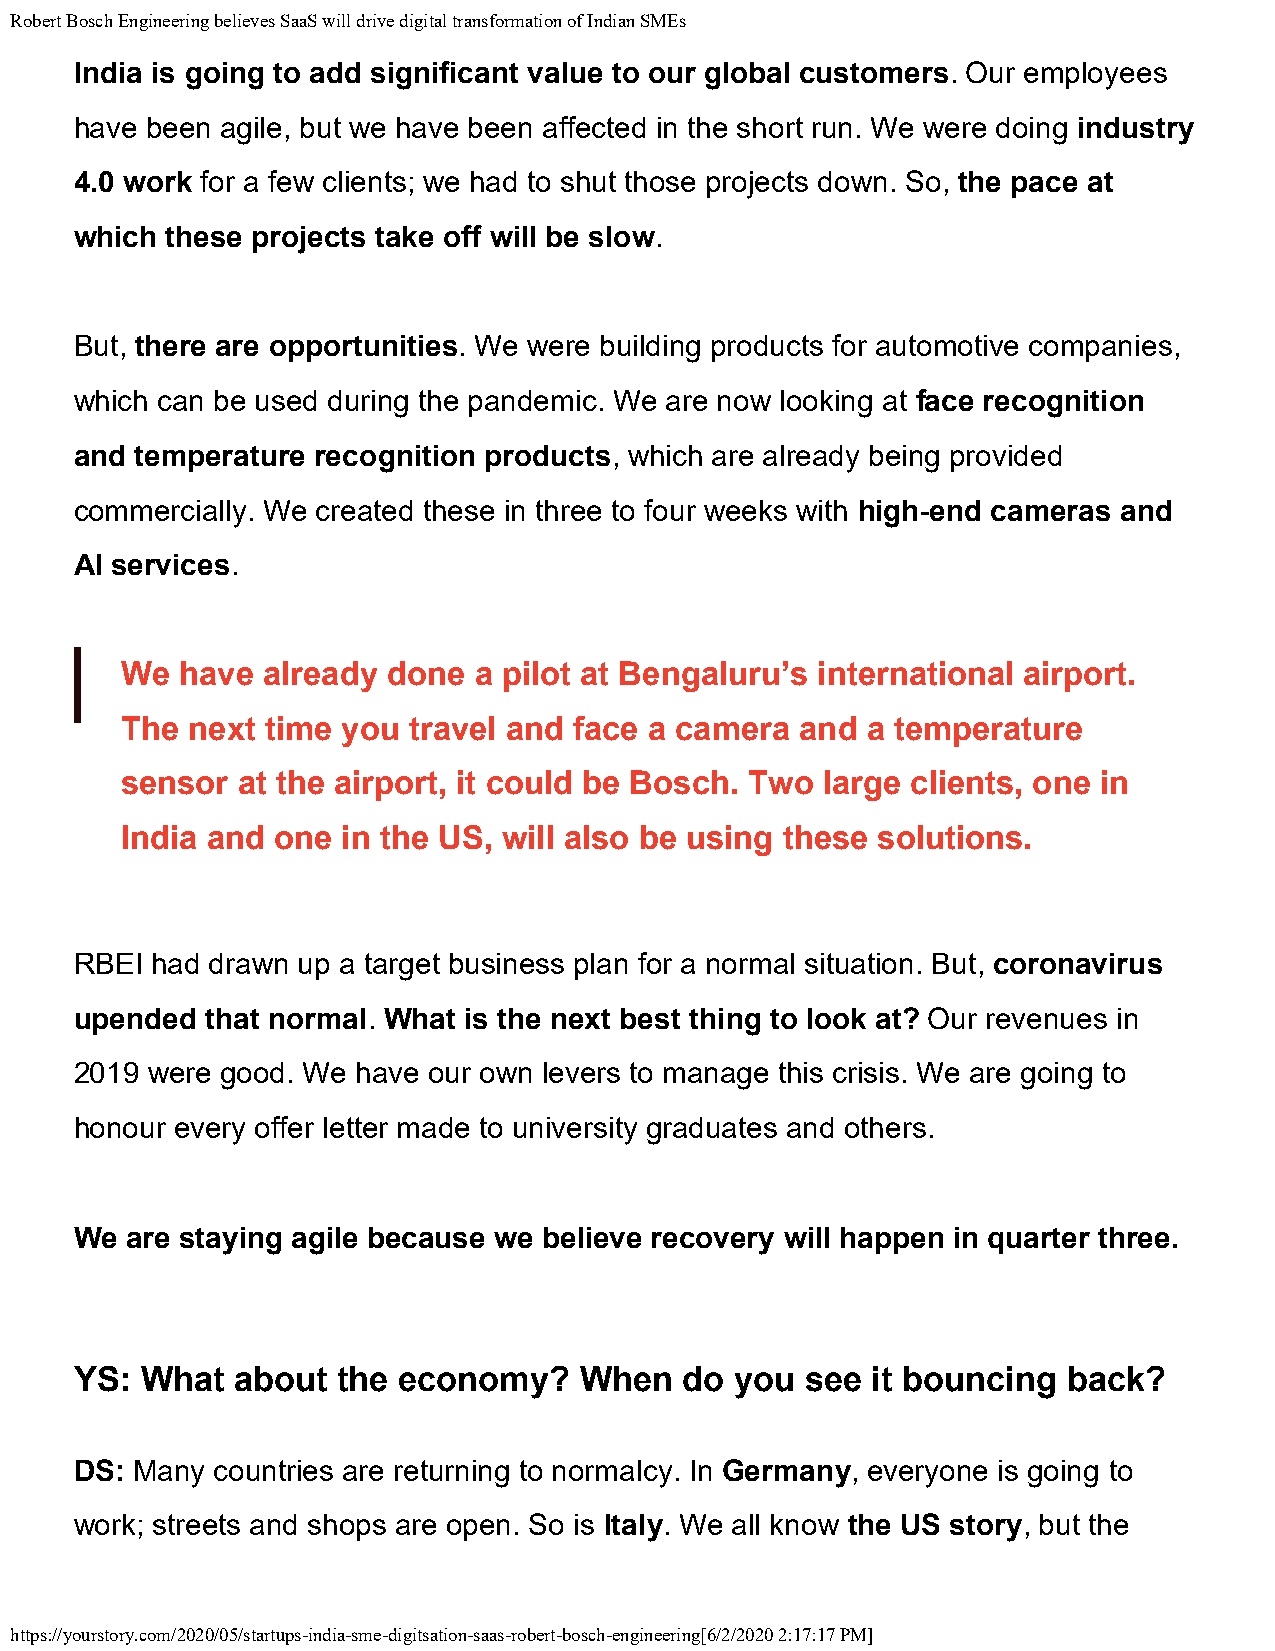
Robert Bosch Engineering believes SaaS will drive digital transformation of Indian SMEs
 India is going to add significant value to our global customers. Our employees
 have been agile, but we have been affected in the short run. We were doing industry
 4.0 work for a few clients; we had to shut those projects down. So, the pace at
 which these projects take off will be slow.
 But, there are opportunities. We were building products for automotive companies,
 which can be used during the pandemic. We are now looking at face recognition
 and temperature recognition products, which are already being provided
 commercially. We created these in three to four weeks with high-end cameras and
 AI services.
 We  have already  done a pilot at Bengaluru’s international airport.
 The next  time you travel and face a camera  and a temperature
 sensor  at the airport, it could be Bosch. Two large clients, one in
 India and one  in the US, will also be using these solutions.
 RBEI had drawn up a target business plan for a normal situation. But, coronavirus
 upended  that normal. What is the next best thing to look at? Our revenues in
 2019 were good. We have our own levers to manage this crisis. We are going to
 honour every offer letter made to university graduates and others.
 We are staying agile because we believe recovery will happen in quarter three.
 YS: What   about the economy?    When   do  you see  it bouncing  back?
 DS: Many countries are returning to normalcy. In Germany, everyone is going to
 work; streets and shops are open. So is Italy. We all know the US story, but the
 https://yourstory.com/2020/05/startups-india-sme-digitsation-saas-robert-bosch-engineering[6/2/2020 2:17:17 PM]